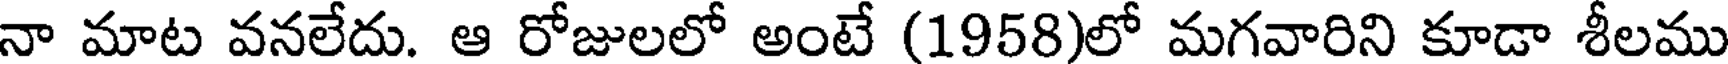
నా మాట వనలేదు. ఆ రోజులలో అంటే (1958)లో మగవారిని కూడా శీలము